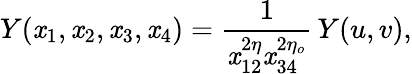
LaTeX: Y(\mathit{x}_{1},\mathit{x}_{2},\mathit{x}_{3},\mathit{x}_{4})=\frac{{1}}{{\mathit{x}_{12}^{2\eta}\mathit{x}_{34}^{2\eta_{o}}}}\, Y(u,v),